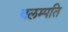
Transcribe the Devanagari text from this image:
यलम्पति